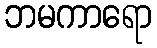
ဘမကာရော